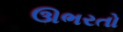
ઊભરતો